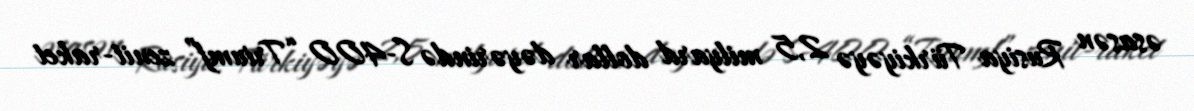
əsasən Rusiya Türkiyəyə 2,5 milyard dollar dəyərində S-400 “Triumf” zenit-raket